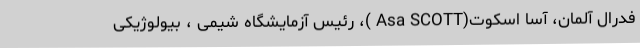
فدرال آلمان، آسا اسکوت(Asa SCOTT )، رئیس آزمایشگاه شیمی ، بیولوژیکی